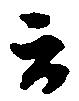
云